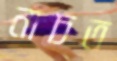
নাচত